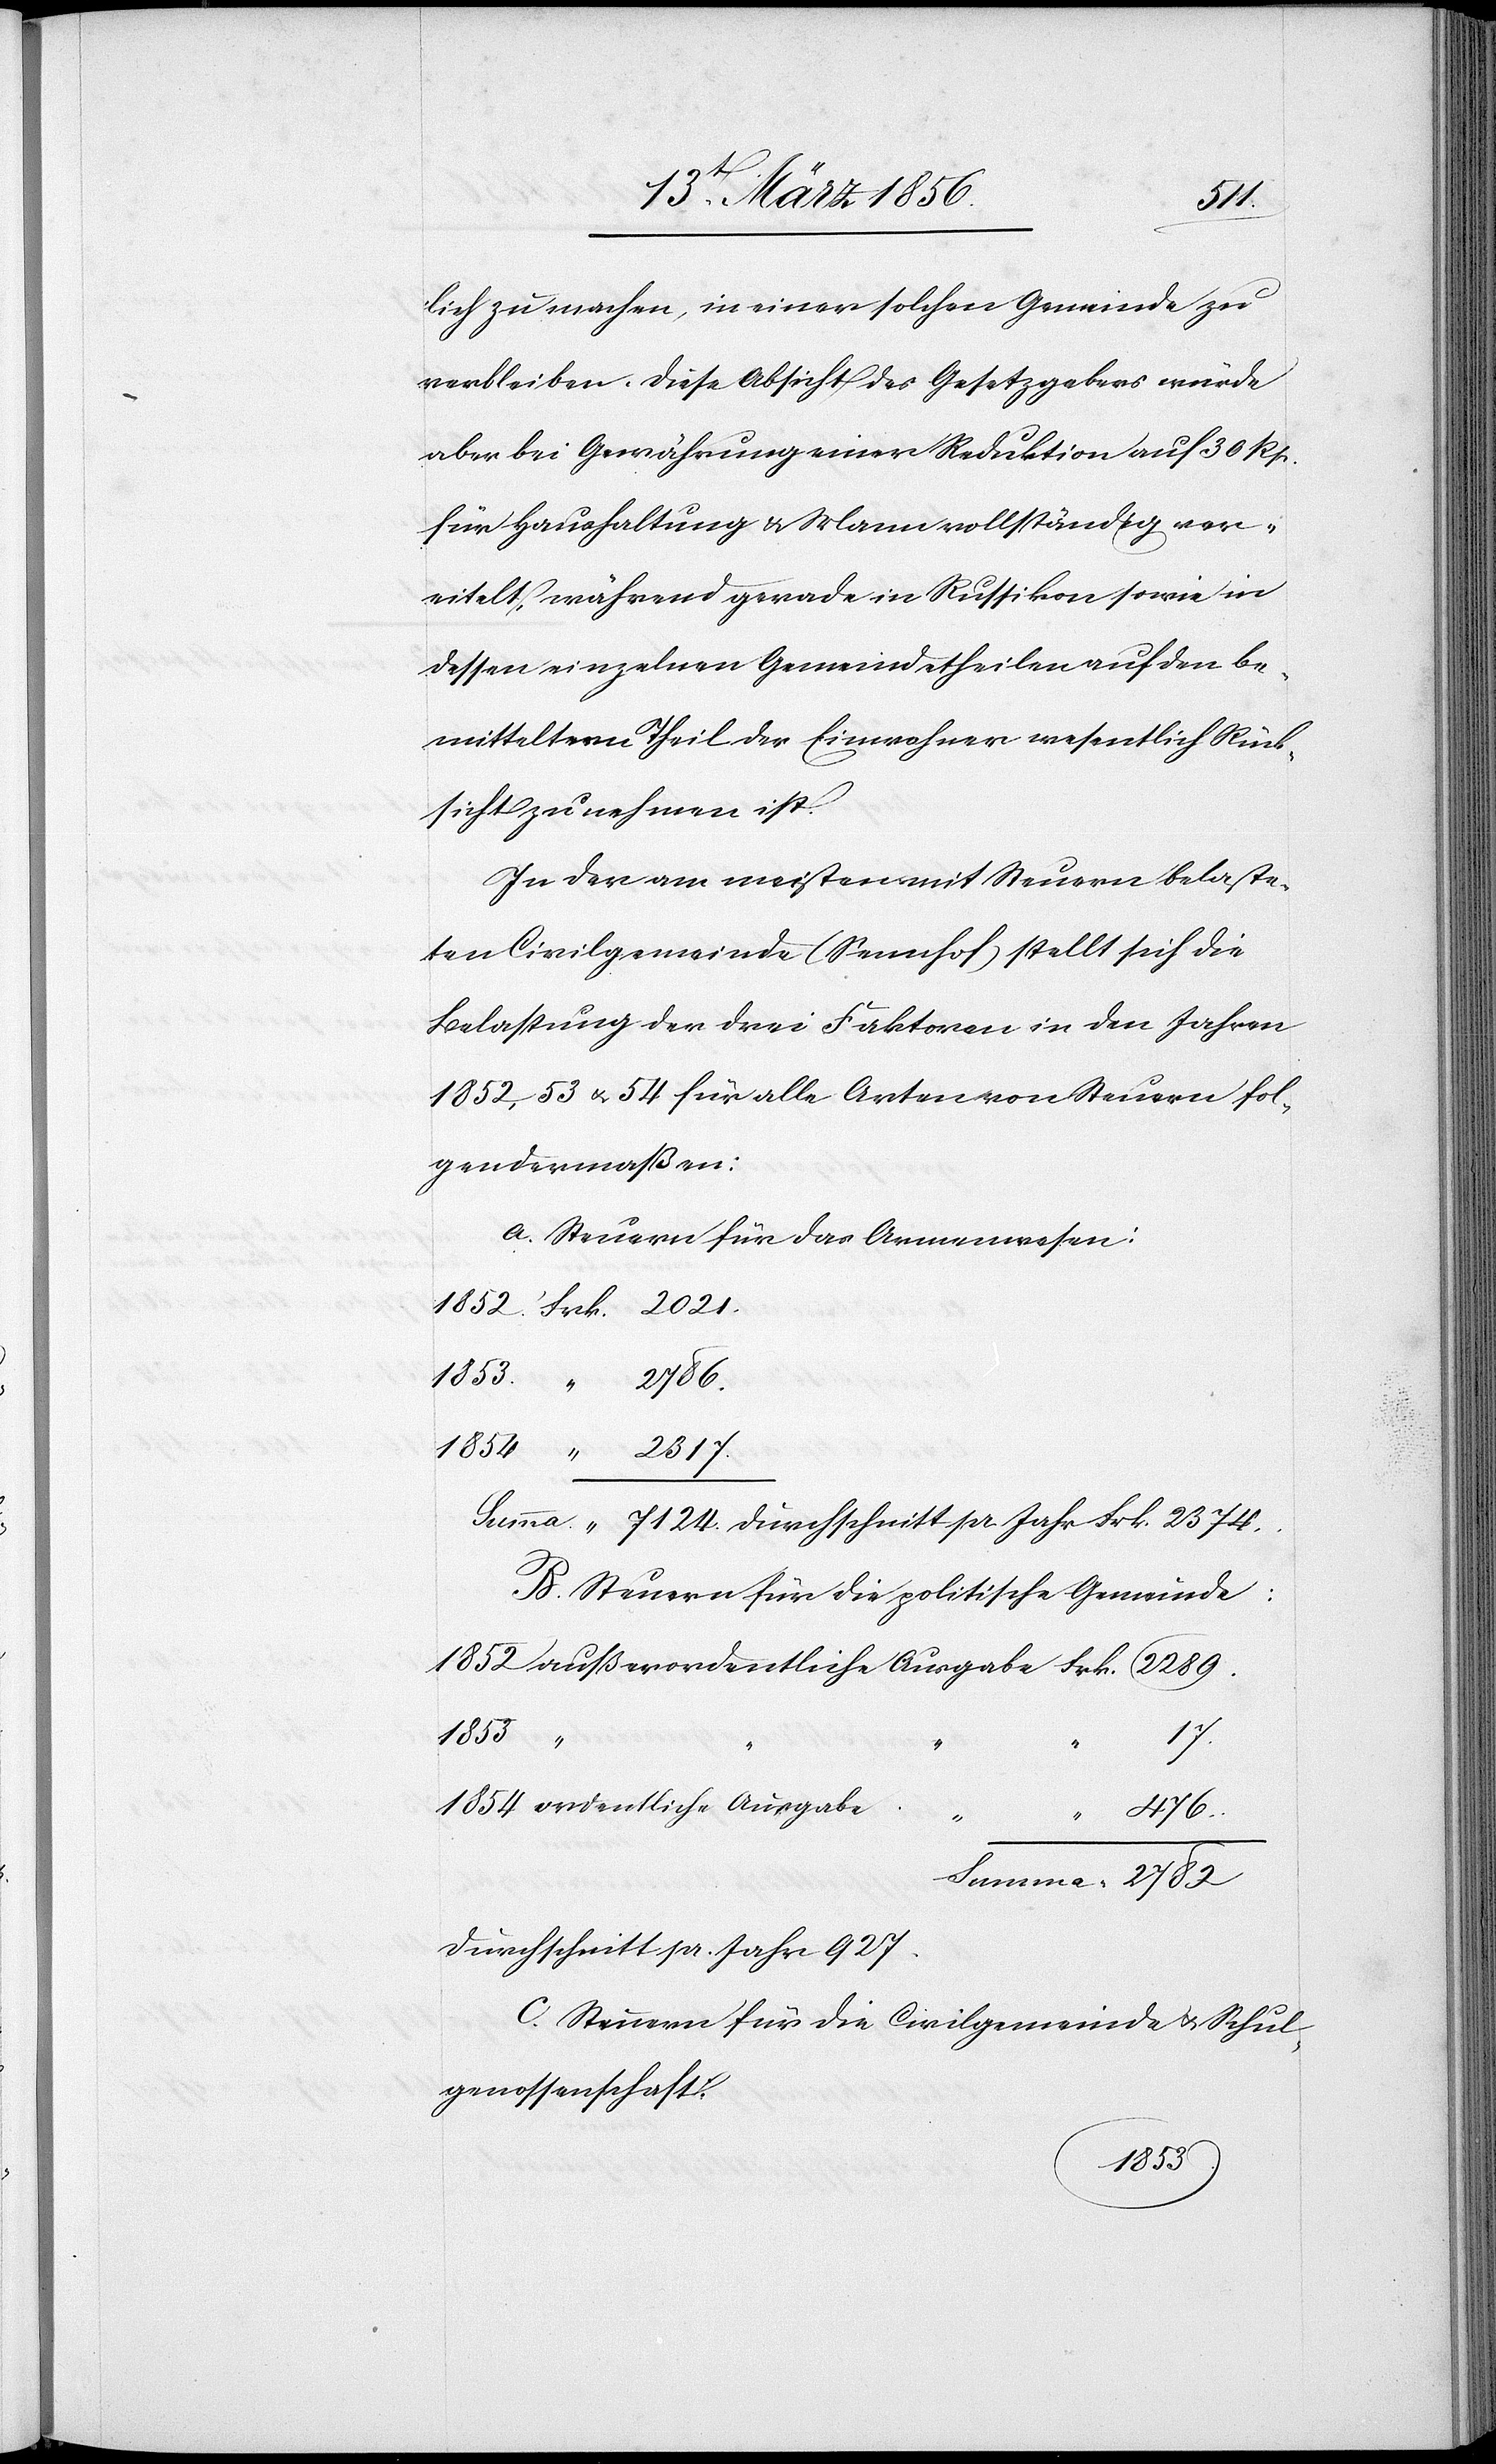
lich zu machen, in einer solchen Gemeinde zu
verbleiben. Diese Absicht des Gesetzgebers würde
aber bei Gewährung einer Reduktion auf 30 Rp.
für Haushaltung & Mann vollständig ver¬
eitelt, während gerade in Russikon sowie in
dessen einzelnen Gemeindetheilen auf den be¬
mitteltern Theil der Einwohner wesentlich Rück¬
sicht zu nehmen ist.
In der am meisten mit Steuern belaste¬
ten Civilgemeinde (Sennhof) stellt sich die
Belastung der drei Faktoren in den Jahren
1852, 53 u. 54 für alle Arten von Steuern fol¬
gendermaßen:
A. Steuern für das Armenwesen:
1852.	Frk.	 2021.
2782
Summa. “	 7124. Durchschnitt pr Jahr Frk. 2374.
B. Steuern für die politische Gemeinde:
1854
“ “
17.
ordentliche Ausgabe.
476.
Durchschnitt pr. Jahr 927.
C. Steuern für die Civilgemeinde u. Schul¬
genossenschaft:
1853.